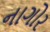
નાગોર